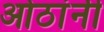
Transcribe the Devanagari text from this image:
ओठांनी